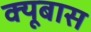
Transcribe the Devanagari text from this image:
क्यूबास